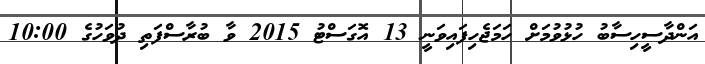
އަންދާސީހިސާބު ހުޅުވުމަށް ހަމަޖެހިފައިވަނީ 13 އޮގަސްޓު 2015 ވާ ބުރާސްފަތި ދުވަހުގެ 10:00